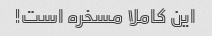
این کاملا مسخره است!